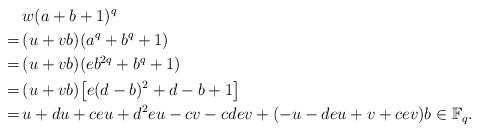
LaTeX: \begin{align*}&w(a+b+1)^q\cr=\,&(u+vb)(a^q+b^q+1)\cr=\,&(u+vb)(eb^{2q}+b^q+1)\cr=\,&(u+vb)\bigl[e(d-b)^2+d-b+1\bigr]\cr=\,&u+du+ceu+d^2eu-cv-cdev+(-u-deu+v+cev)b\in\Bbb F_q.\end{align*}